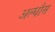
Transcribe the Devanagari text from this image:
अल्धौस